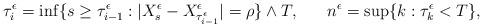
LaTeX: \begin{align*}&\tau_i^\epsilon=\inf\{s\geq \tau_{i-1}^\epsilon:|X_s^\epsilon-X^\epsilon_{\tau_{i-1}^\epsilon}|=\rho\}\wedge T,&n^\epsilon=\sup\{k:\tau_k^\epsilon<T\},\end{align*}